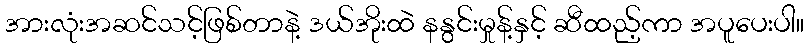
အားလုံးအဆင်သင့်ဖြစ်တာနဲ့ ဒယ်အိုးထဲ နနွင်းမှုန့်နှင့် ဆီထည့်ကာ အပူပေးပါ။